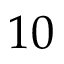
1 0